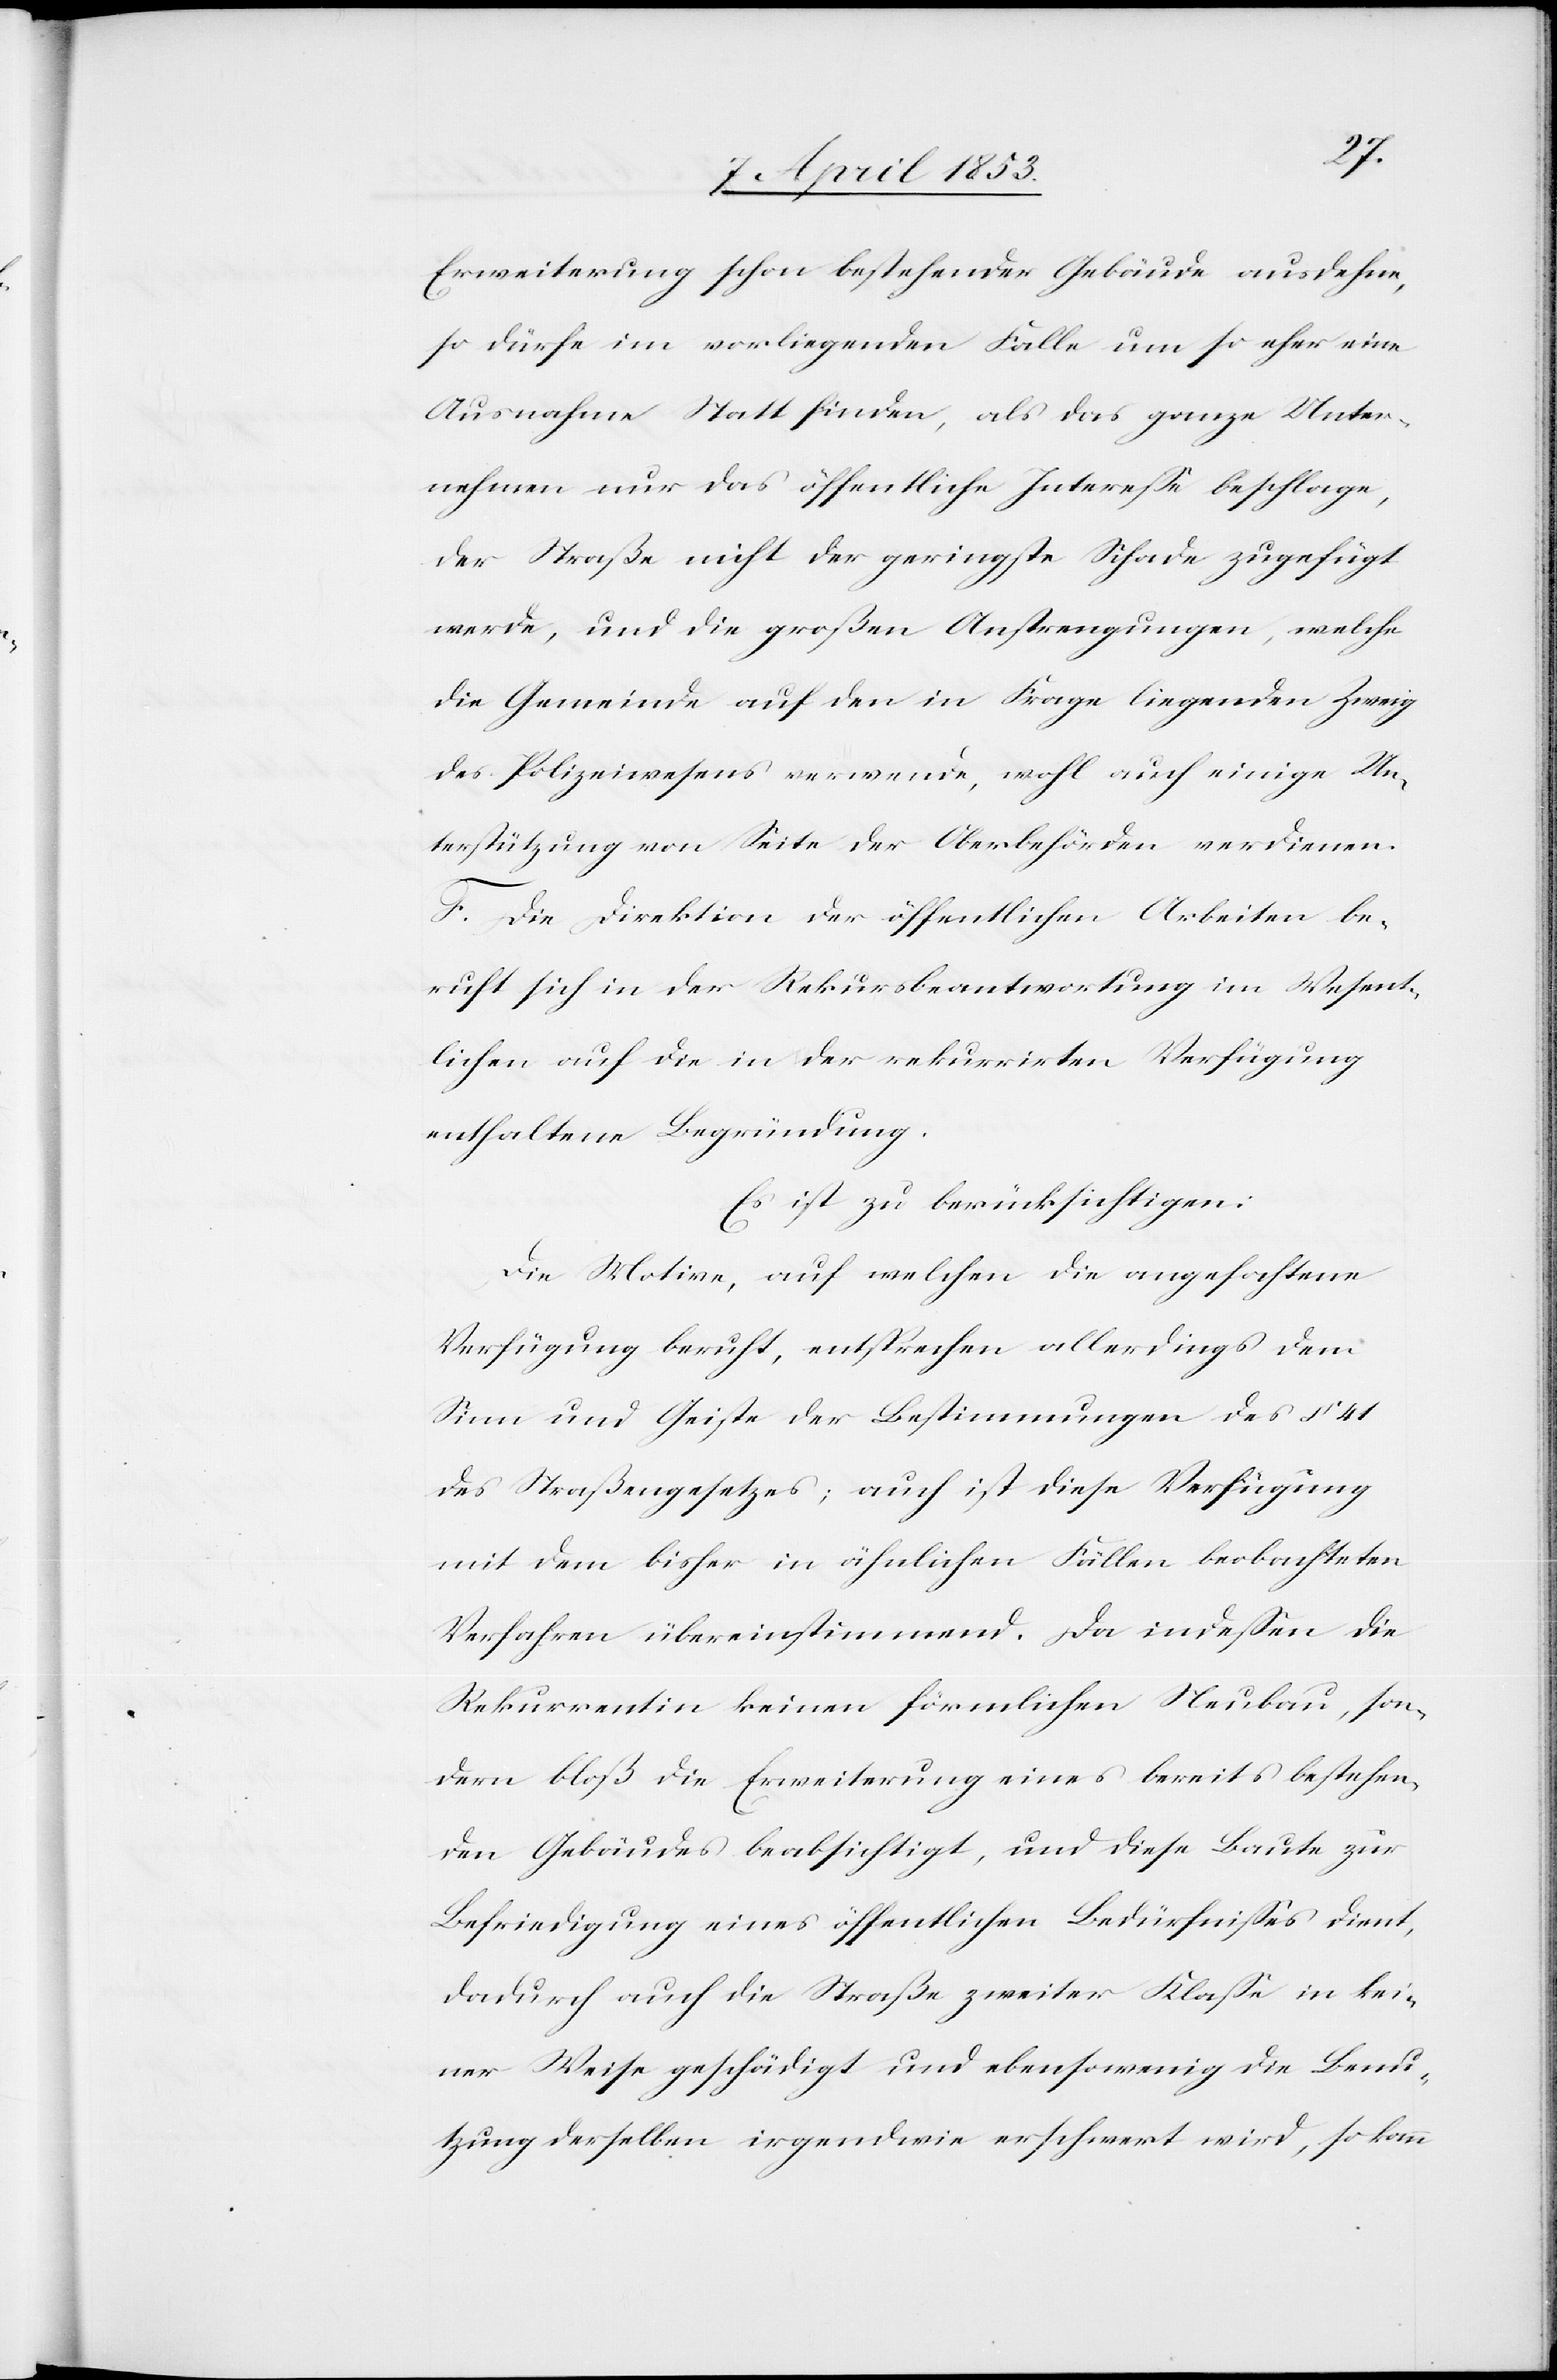
Erweiterung schon bestehender Gebäude ausdehne,
so dürfe im vorliegenden Falle um so eher eine
Ausnahme Statt finden, als das ganze Unter¬
nehmen nur das öffentliche Intereße beschlage,
der Straße nicht der geringste Schade zugefügt
werde, und die großen Anstrengungen, welche
die Gemeinde auf den in Frage liegenden Zweig
des Polizeiwesens verwende, wohl auch einige Un¬
terstützung von Seite der Oberbehörden verdienen.
F. Die Direktion der öffentlichen Arbeiten be¬
ruft sich in der Rekursbeantwortung im Wesent¬
lichen auf die in der rekurrirten Verfügung
enthaltene Begründung.
Es ist zu berücksichtigen:
Die Motive, auf welchen die angefachte
Verfügung beruht, entsprechen allerdings dem
Sinne und Geiste der Bestimmungen des § 41
des Straßengesetzes; auch ist diese Verfügung
mit dem bisher in ähnlichen Fällen beobachteten
Verfahren übereinstimmend. Da indeßen die
Rekurrentin keinen förmlichen Neubau, son¬
dern bloß die Erweiterung eines bereits bestehen¬
den Gebäudes beabsichtigt, und diese Baute zur
Befriedigung eines öffentlichen Bedürfnißes dient,
dadurch auch die Straße zweiter Klaße in kei¬
ner Weise geschädigt und ebensowenig die Benu¬
tzung derselben irgendwie erschwert wird, so kann